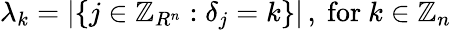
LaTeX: \lambda_{k}=|\{ j\in\mathbb{Z}_{R^{n}}:\delta_{j}=k\} |\, ,{\mathrm{~for~}}k\in\mathbb{Z}_{n}